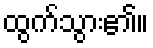
ထွက်သွား၏။